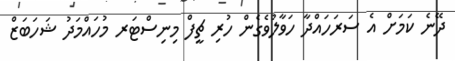
ދޭނެ ކަމަށް އެ ސަރަހައްދާ ހަވާލުވެގެން ހުރި ޗީފް މިނިސްޓަރ މުހައްމަދު ޝަހަބަޒް